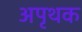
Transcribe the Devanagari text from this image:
अपृथक